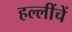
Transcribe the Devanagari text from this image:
हल्लींचें